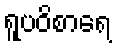
ရူပဝိစာရေ